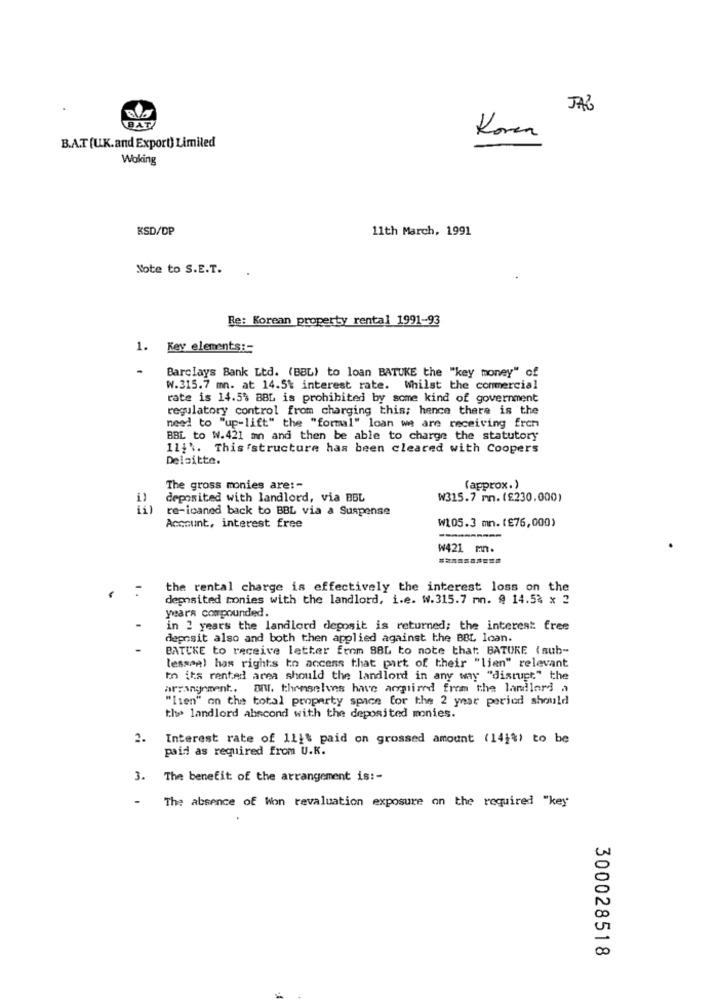
BAT
Koren
B.A.T (U.K.and Export) Limited
Woking
KSD/DP
11th March, 1991
Note to S.E.T.
Re: Korean property rental 1991-93
1. Key elements :-
-
Barclays Bank Ltd. (BBL) to loan BATUKE the "key money" of
W.315.7 mn. at 14.5% interest rate. Whilst the commercial
rate is 14.5% BBL is prohibited by some kind of government
regulatory control from charging this; hence there is the
need to "up-lift" the "formal" loan we are receiving frem
BBL to W.421 mn and then be able to charge the statutory
Ili'. This 'structure has been cleared with Coopers
Deloitte.
The gross monies are: -
(approx.)
deposited with landlord, via BBL
W315.7 mm. (£230.000)
re-icaned back to BBL via a Suspense
W105.3 mn. (£76,000)
Account, interest free
----
W421 m.
the rental charge is effectively the interest loss on the
deposited monies with the landlord, i.e. w.315.7 mn. @ 14.53 x 2
year's compounded.
in 2 years the landlord deposit is returned; the interest: free
deposit also and both then applied against the BBL loan.
BATCKE to receive letter from 88L to note that: BATORE ( sub-
lesson) has rights to access that part of their "lien" relevant
to its rented area should the landlord in any way "disrupt" the
arrangement .. a. themselves have acquired from the landlord a
"lien" on the total property space for the 2 year period should
the landlord abscond with the deposited monies.
2.
Interest rate of 11it paid on grossed amount (141%) to be
paid as required from U.K.
3. The benefit of the arrangement is :-
The absence of Won revaluation exposure on the required "key
300028518